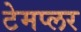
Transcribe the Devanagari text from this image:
टेमप्लर